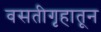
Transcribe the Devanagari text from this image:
वसतीगृहातून